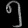
Digit: ၅